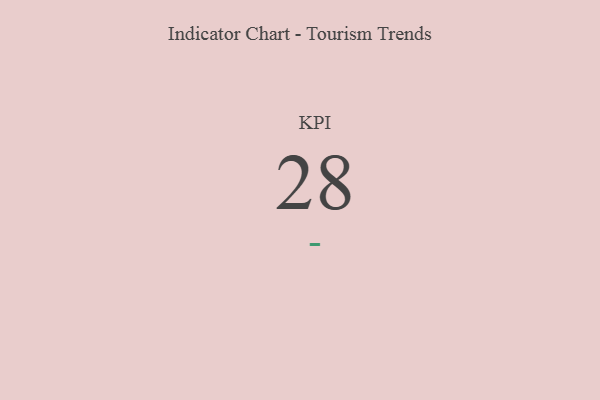
{"axis": {"x": "KPI", "y": "Value"}, "legend": [""], "data": [{"x": "KPI", "y": 28, "type": ""}]}